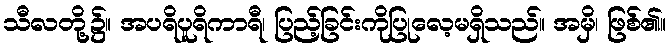
သီလတို့၌။ အပရိပူရိကာရီ၊ ပြည့်ခြင်းကိုပြုလေ့မရှိသည်။ အမှိ၊ ဖြစ်၏။